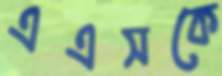
এএসকে